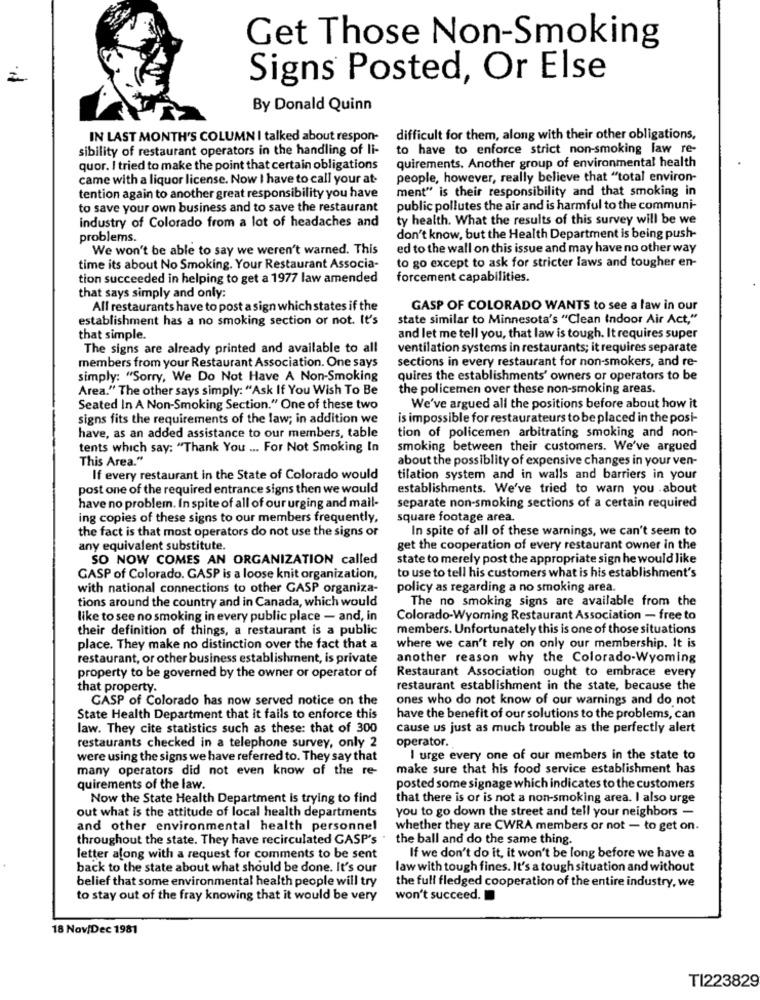
Get Those Non-Smoking
Signs Posted, Or Else
By Donald Quinn
IN LAST MONTH'S COLUMN I talked about respon-
difficult for them, along with their other obligations,
sibility of restaurant operators in the handling of li-
to have to enforce strict non-smoking law re-
quor. I tried to make the point that certain obligations
quirements. Another group of environmental health
came with a liquor license. Now I have to call your at-
people, however, really believe that "total environ-
ment" is their responsibility and that smoking in
tention again to another great responsibility you have
to save your own business and to save the restaurant
public pollutes the air and is harmful to the communi-
industry of Colorado from a lot of headaches and
ty health. What the results of this survey will be we
problems.
don't know, but the Health Department is being push-
We won't be able to say we weren't warned. This
ed to the wall on this issue and may have no other way
to go except to ask for stricter laws and tougher en-
time its about No Smoking. Your Restaurant Associa-
tion succeeded in helping to get a 1977 law amended
forcement capabilities.
that says simply and only:
Alf restaurants have to post a sign which states if the
GASP OF COLORADO WANTS to see a law in our
establishment has a no smoking section or not. It's
state similar to Minnesota's "Clean Indoor Air Act,"
that simple.
and let me tell you, that law is tough. It requires super
The signs are already printed and available to all
ventilation systems in restaurants; it requires separate
sections in every restaurant for non-smokers, and re-
members from your Restaurant Association. One says
simply: "Sorry, We Do Not Have A Non-Smoking
quires the establishments' owners or operators to be
Area." The other says simply: "Ask If You Wish To Be
the policemen over these non-smoking areas.
Seated In A Non-Smoking Section." One of these two
We've argued all the positions before about how it
signs fits the requirements of the law; in addition we
is impossible for restaurateurs to be placed in the posi-
have, as an added assistance to our members, table
tion of policemen arbitrating smoking and non-
tents which say: "Thank You ... For Not Smoking In
smoking between their customers. We've argued
This Area."
about the possiblity of expensive changes in your ven-
If every restaurant in the State of Colorado would
tilation system and in walls and barriers in your
post one of the required entrance signs then we would
establishments. We've tried to warn you .about
have no problem. In spite of all of our urging and mail-
separate non-smoking sections of a certain required
ing copies of these signs to our members frequently,
square footage area.
the fact is that most operators do not use the signs or
In spite of all of these warnings, we can't seem to
any equivalent substitute.
get the cooperation of every restaurant owner in the
SO NOW COMES AN ORGANIZATION called
state to merely post the appropriate sign he would like
GASP of Colorado. GASP is a loose knit organization,
to use to tell his customers what is his establishment's
with national connections to other GASP organiza-
policy as regarding a no smoking area.
tions around the country and in Canada, which would
The no smoking signs are available from the
like to see no smoking in every public place - and, in
Colorado-Wyoming Restaurant Association - free to
their definition of things, a restaurant is a public
members. Unfortunately this is one of those situations
place. They make no distinction over the fact that a
where we can't rely on only our membership. It is
restaurant, or other business establishment, is private
another reason why the Colorado-Wyoming
property to be governed by the owner or operator of
Restaurant Association ought to embrace every
that property.
restaurant establishment in the state, because the
GASP of Colorado has now served notice on the
ones who do not know of our warnings and do not
State Health Department that it fails to enforce this
have the benefit of our solutions to the problems, can
law. They cite statistics such as these: that of 300
cause us just as much trouble as the perfectly alert
operator.
restaurants checked in a telephone survey, only 2
were using the signs we have referred to. They say that
I urge every one of our members in the state to
many operators did not even know of the re-
make sure that his food service establishment has
quirements of the law.
posted some signage which indicates to the customers
Now the State Health Department is trying to find
that there is or is not a non-smoking area. I also urge
you to go down the street and tell your neighbors -
out what is the attitude of local health departments
and other environmental health personnel
whether they are CWRA members or not - to get on.
throughout the state. They have recirculated GASP's .
the ball and do the same thing.
letter along with a request for comments to be sent
If we don't do it, it won't be long before we have a
back to the state about what should be done. It's our
law with tough fines. It's a tough situation and without
belief that some environmental health people will try
the full fledged cooperation of the entire industry, we
to stay out of the fray knowing that it would be very
won't succeed.
18 Nov/Dec 1981
TI223829